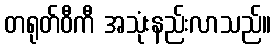
တရုတ်ဝီကီ အသုံးနည်းလာသည်။